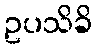
ဥပသိခိ